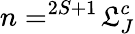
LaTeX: n=^{2S+1}\! \mathfrak{L}_{J}^{c}